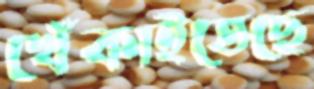
খেঁকাইতেছে